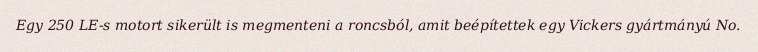
Egy 250 LE-s motort sikerült is megmenteni a roncsból, amit beépítettek egy Vickers gyártmányú No.